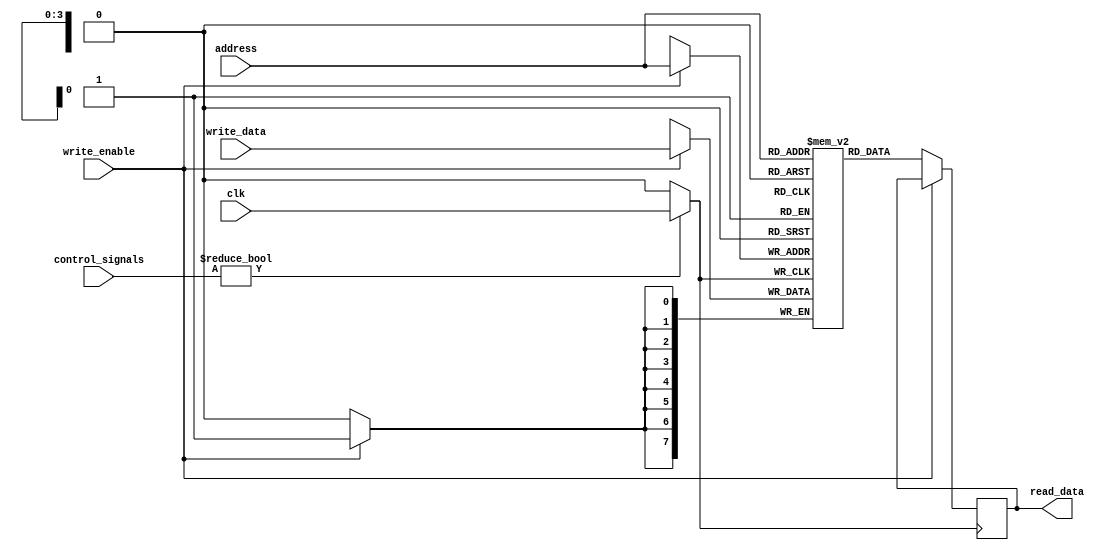
module MemoryBlocksDCG (
    input wire clk,                // Global clock
    input wire [3:0] control_signals, // Control signals indicating memory block activity
    input wire [7:0] write_data,   // Data to write
    input wire [3:0] address,       // Address for read/write
    input wire write_enable,        // Write enable signal
    output reg [7:0] read_data      // Data read from memory
);

    // Memory array (e.g., 16x8 SRAM)
    reg [7:0] memory_array [15:0];

    // Gated clock signal
    wire gated_clk;

    // Clock gating logic
    // Assume control_signals is a 4-bit signal indicating activity for 4 memory blocks
    // If any control signal is active, enable the clock
    assign gated_clk = (control_signals != 4'b0000) ? clk : 1'b0;

    // Memory operation
    always @(posedge gated_clk) begin
        if (write_enable) begin
            memory_array[address] <= write_data; // Write data to memory
        end else begin
            read_data <= memory_array[address];   // Read data from memory
        end
    end

endmodule